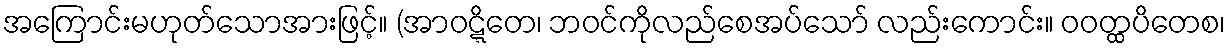
အကြောင်းမဟုတ်သောအားဖြင့်။ (အာဝဋ္ဋိတေ၊ ဘဝင်ကိုလည်စေအပ်သော် လည်းကောင်း။ ဝဝတ္ထပိတေစ၊